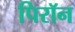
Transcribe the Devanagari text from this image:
पिरॉन